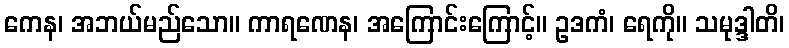
ကေန၊ အဘယ်မည်သော။ ကာရဏေန၊ အကြောင်းကြောင့်။ ဥဒကံ၊ ရေကို။ သမုဒ္ဒါတိ၊